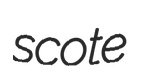
scote